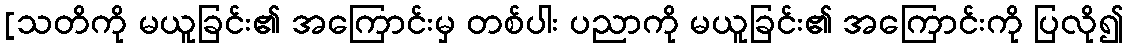
[သတိကို မယူခြင်း၏ အကြောင်းမှ တစ်ပါး ပညာကို မယူခြင်း၏ အကြောင်းကို ပြလို၍